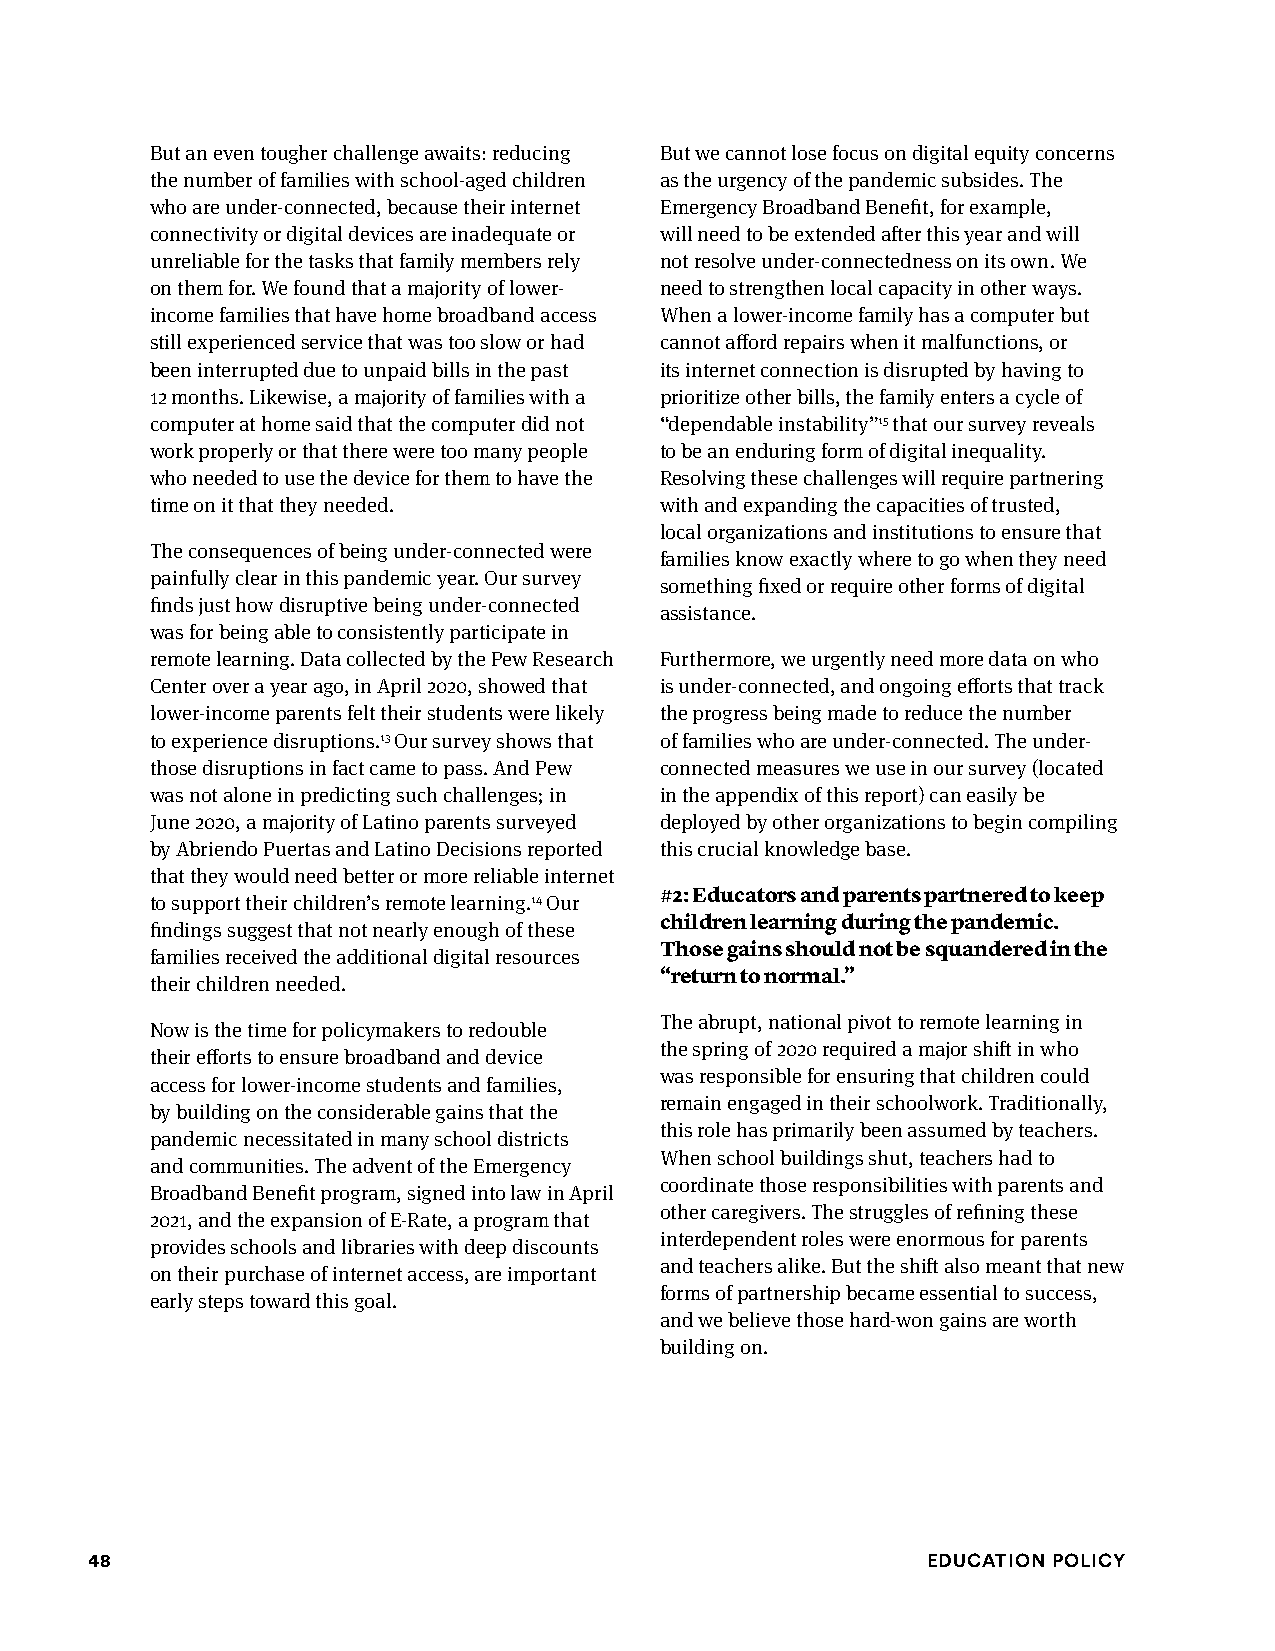
But an even tougher challenge awaits: reducing But we cannot lose focus on digital equity concerns
 the number of families with school-aged children as the urgency of the pandemic subsides. The
 who are under-connected, because their internet Emergency Broadband Benefit, for example,
 connectivity or digital devices are inadequate or will need to be extended after this year and will
 unreliable for the tasks that family members rely not resolve under-connectedness on its own. We
 on them for. We found that a majority of lower- need to strengthen local capacity in other ways.
 income families that have home broadband access When a lower-income family has a computer but
 still experienced service that was too slow or had cannot afford repairs when it malfunctions, or
 been interrupted due to unpaid bills in the past its internet connection is disrupted by having to
 12 months. Likewise, a majority of families with a prioritize other bills, the family enters a cycle of
 computer at home said that the computer did not “dependable instability”15 that our survey reveals
 work properly or that there were too many people to be an enduring form of digital inequality.
 who needed to use the device for them to have the Resolving these challenges will require partnering
 time on it that they needed.      with and expanding the capacities of trusted,
 local organizations and institutions to ensure that
 The consequences of being under-connected were
 families know exactly where to go when they need
 painfully clear in this pandemic year. Our survey
 something fixed or require other forms of digital
 finds just how disruptive being under-connected
 assistance.
 was for being able to consistently participate in
 remote learning. Data collected by the Pew Research Furthermore, we urgently need more data on who
 Center over a year ago, in April 2020, showed that is under-connected, and ongoing efforts that track
 lower-income parents felt their students were likely the progress being made to reduce the number
 to experience disruptions.13 Our survey shows that of families who are under-connected. The under-
 those disruptions in fact came to pass. And Pew connected measures we use in our survey (located
 was not alone in predicting such challenges; in in the appendix of this report) can easily be
 June 2020, a majority of Latino parents surveyed deployed by other organizations to begin compiling
 by Abriendo Puertas and Latino Decisions reported this crucial knowledge base.
 that they would need better or more reliable internet
 #2: Educators and parents partnered to keep
 to support their children’s remote learning.14 Our
 children learning during the pandemic.
 findings suggest that not nearly enough of these
 Those gains should not be squandered in the
 families received the additional digital resources
 “return to normal.”
 their children needed.
 The abrupt, national pivot to remote learning in
 Now is the time for policymakers to redouble
 the spring of 2020 required a major shift in who
 their efforts to ensure broadband and device
 was responsible for ensuring that children could
 access for lower-income students and families,
 remain engaged in their schoolwork. Traditionally,
 by building on the considerable gains that the
 this role has primarily been assumed by teachers.
 pandemic necessitated in many school districts
 When school buildings shut, teachers had to
 and communities. The advent of the Emergency
 coordinate those responsibilities with parents and
 Broadband Benefit program, signed into law in April
 other caregivers. The struggles of refining these
 2021, and the expansion of E-Rate, a program that
 interdependent roles were enormous for parents
 provides schools and libraries with deep discounts
 and teachers alike. But the shift also meant that new
 on their purchase of internet access, are important
 forms of partnership became essential to success,
 early steps toward this goal.
 and we believe those hard-won gains are worth
 building on.
 48                                                     Education Policy